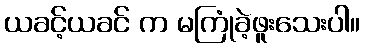
ယခင့်ယခင် က မကြုံခဲ့ဖူးသေးပါ။